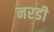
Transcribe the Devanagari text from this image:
नरडी